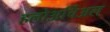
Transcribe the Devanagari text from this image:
हलोअर्चिअल